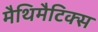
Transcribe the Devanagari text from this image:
मैथिमैटिक्स